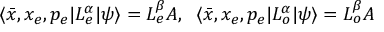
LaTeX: \langle \bar { x } , x _ { e } , p _ { e } | L _ { e } ^ { \alpha } | \psi \rangle = L _ { e } ^ { \beta } A , \; \; \langle \bar { x } , x _ { e } , p _ { e } | L _ { o } ^ { \alpha } | \psi \rangle = L _ { o } ^ { \beta } A